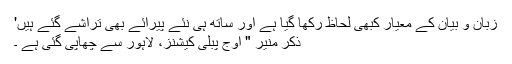
زبان و بیان کے معیار کبھی لحاظ رکھا گیا ہے اور ساتھ ہی نئے پیرائے بھی تراشے گئے ہیں'
ذکر منیر " اوج پبلی کیشنز، لاہور سے چھاپی گئی ہے ۔